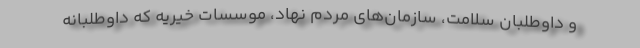
و داوطلبان سلامت، سازمان‌های مردم نهاد، موسسات خیریه که داوطلبانه